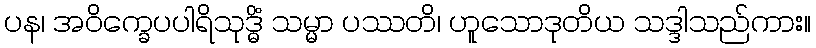
ပန၊ အဝိက္ခေပပါရိသုဒ္ဓိံ သမ္မာ ပဿတိ၊ ဟူသောဒုတိယ သဒ္ဒါသည်ကား။